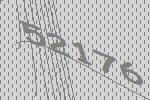
52176